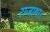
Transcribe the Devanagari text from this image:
राजाथा।